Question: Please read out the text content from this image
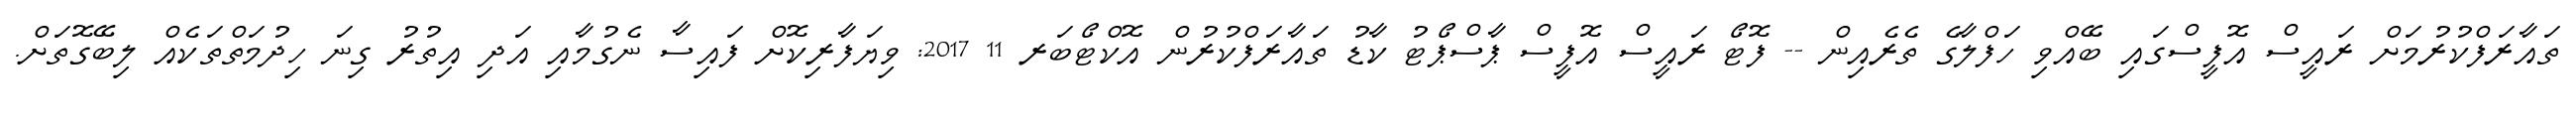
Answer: ތައާރަފްކުރުމަށް ރައީސް އޮފީސްގައި ބޭއްވި ހަފްލާގެ ތެރެއިން -- ފޮޓޯ ރައީސް އޮފީސް ޕާސްޕޯޓު ކާޑު ތައާރަފްކުރުން އޮކްޓޯބަރ 11 2017: ވިޔަފާރިކޮށް ފައިސާ ނެގުމާއި އަދި އިތުރު ގިނަ ހިދުމަތްތަކެއް ލިބޭގޮތަށް.